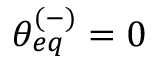
\theta _ { e q } ^ { ( - ) } = 0